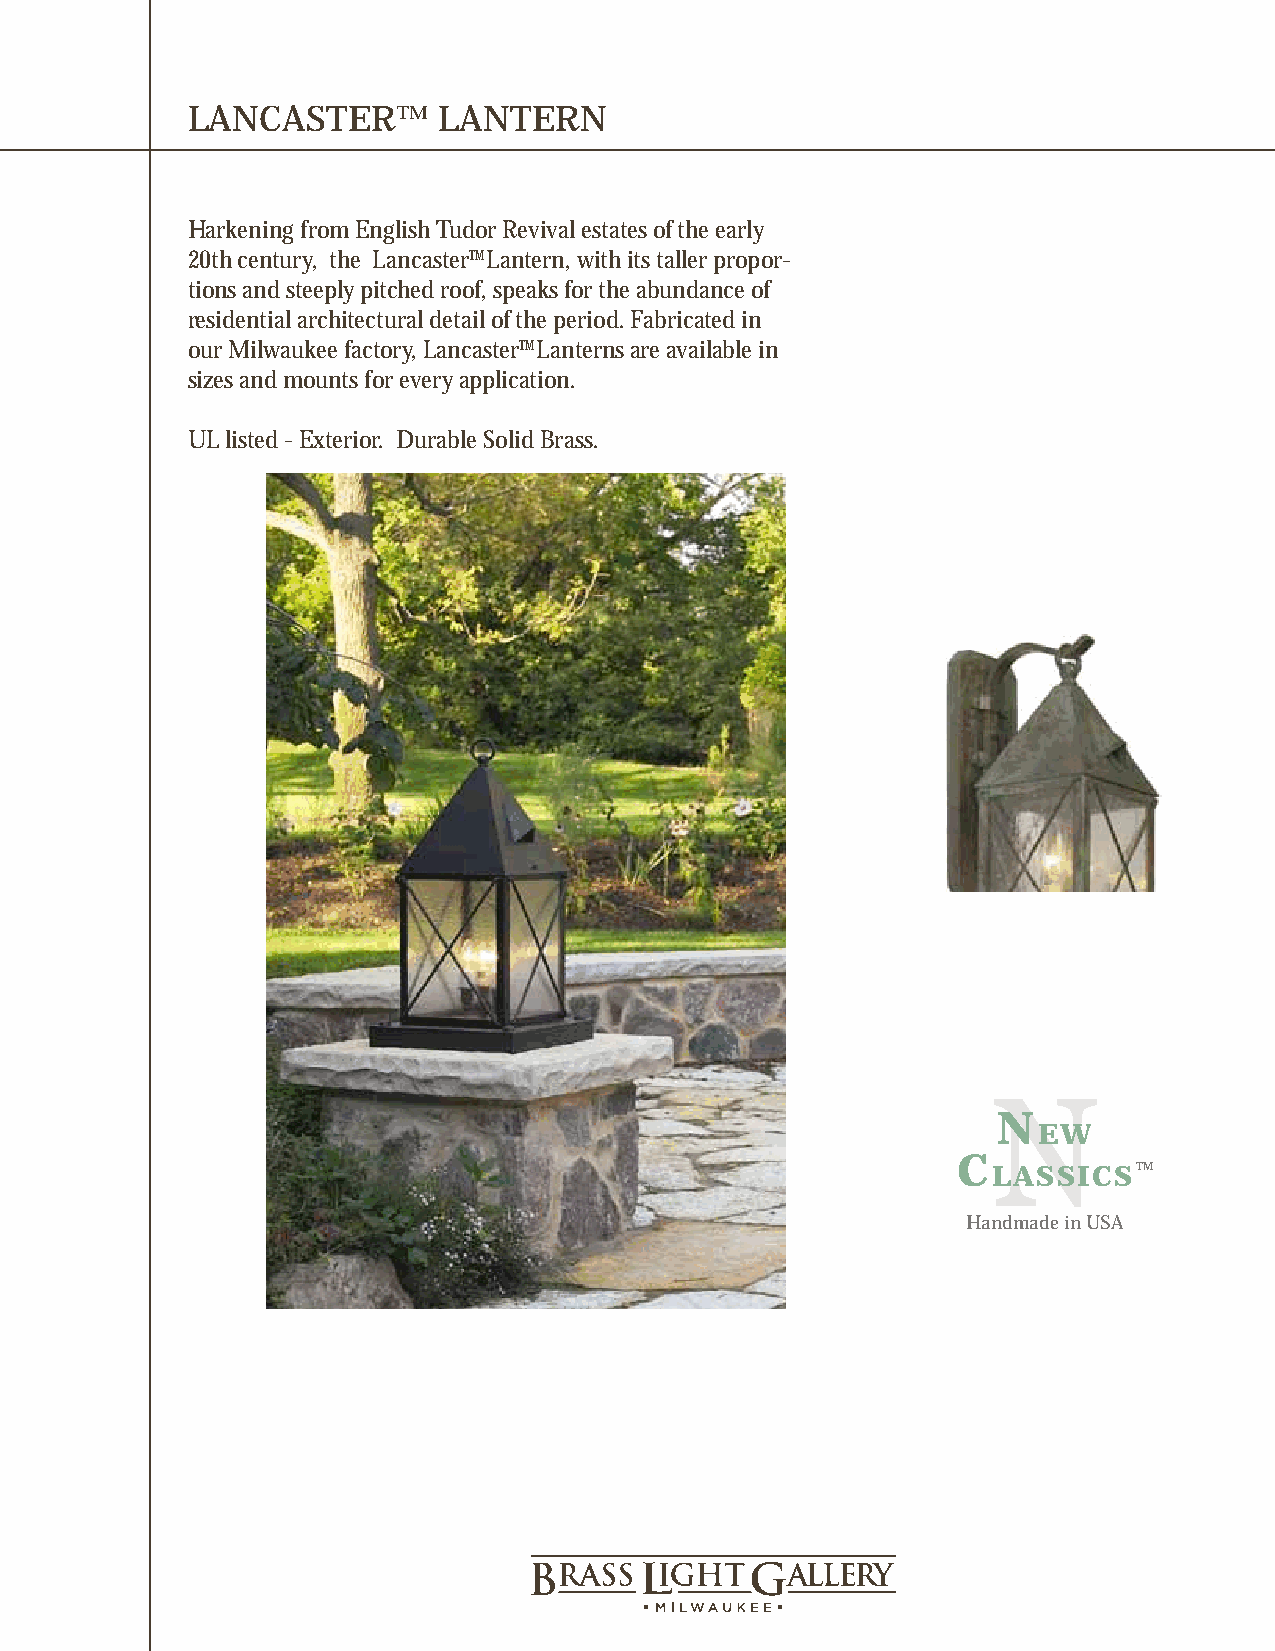
LANCASTER™       LANTERN
 Harkening from English Tudor Revival estates of the early
 20th century, the Lancaster™ Lantern, with its taller propor-
 tions and steeply pitched roof, speaks for the abundance of
 residential architectural detail of the period. Fabricated in
 our Milwaukee factory, Lancaster™ Lanterns are available in
 sizes and mounts for every application.
 UL listed - Exterior. Durable Solid Brass.
 N
 EW
 C
 LASSICSTM
 Handmade in USA